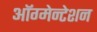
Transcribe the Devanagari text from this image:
ऑग्मेन्टेशन